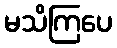
မသိကြပေ